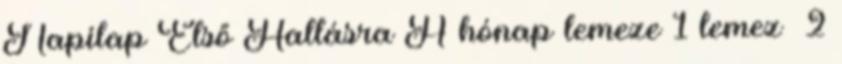
Napilap Első Hallásra A hónap lemeze 1 lemez 2